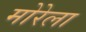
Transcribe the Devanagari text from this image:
मोरेला